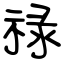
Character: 禄